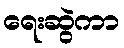
ရေးဆွဲကာ